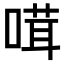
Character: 𠺊